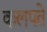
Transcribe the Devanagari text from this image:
कलपते